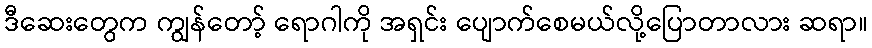
ဒီဆေးတွေက ကျွန်တော့် ရောဂါကို အရှင်း ပျောက်စေမယ်လို့ပြောတာလား ဆရာ။